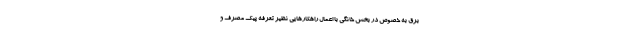
برق به خصوص در بخش خانگی با اعمال راهکارهایی نظیر تعرفه پیک مصرف و